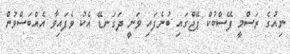
ނިއުގެ ރަސްމީ ފޭސްބުކް ޕޭޖްގައި ބުނެފައި ވަނީ ދަގަނޑޭ އެކު ވެފައިވާ އެއްބަސްވުން